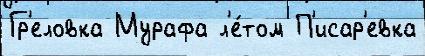
Гр'еловка Мурафа л'е́том П'исар'евка